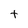
Character: t